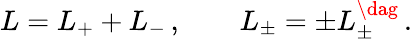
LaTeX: L=L_{+}+L_{-}\, ,\qquad L_{\pm}=\pm L_{\pm}^{\dag}\, .